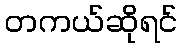
တကယ်ဆိုရင်